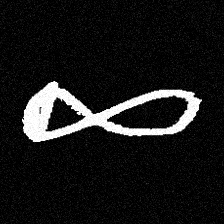
Pyu character \u2014 Myanmar letter: ဆ (romanized: cha)